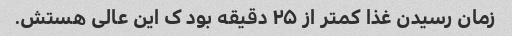
زمان رسیدن غذا کمتر از ۲۵ دقیقه بود ک این عالی هستش.